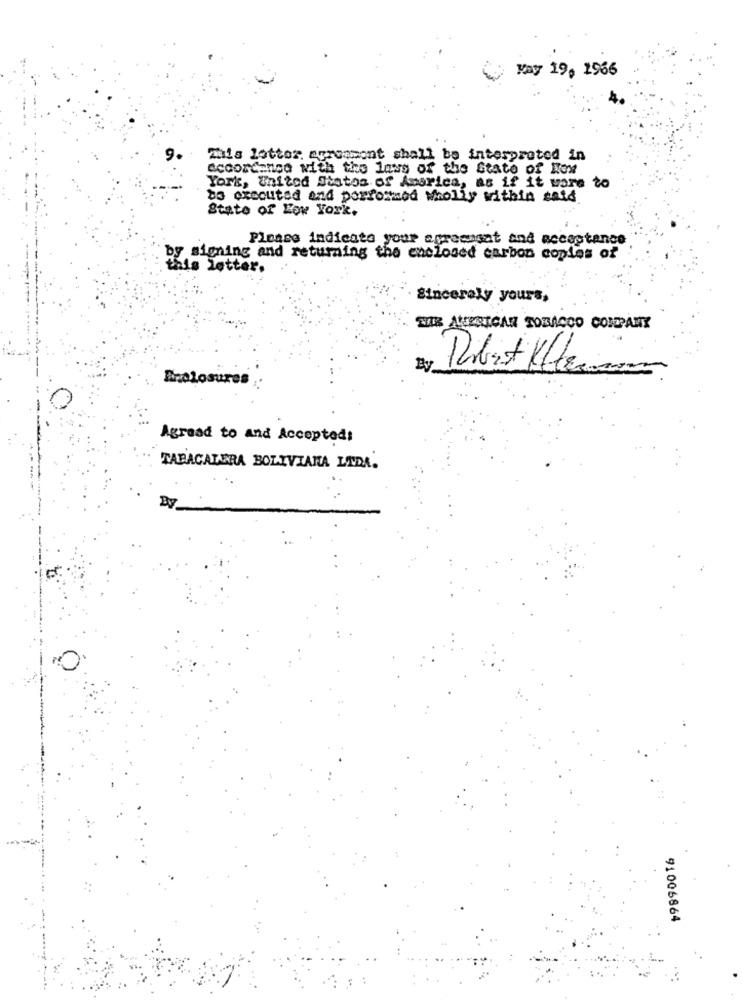
Kay 19, 1966
Mais lottor agrossont shall be interpreted in
Accordance with the laws of the State of How
York, United States of America, as if it were to
be executed and performed wholly within said
State of Low York,
Please indicate your apremmsat and acceptance
by signing and returning the enclosed carbon copies of
is letter.
Sincerely yours,
MIR AMERICAN TOBACCO COMPANY
-
Ey
Anolosures
Agreed to and Accepted:
TABACALERA BOLIVIANA LTDA.
By
91006864